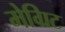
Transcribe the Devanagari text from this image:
मेग्रिट